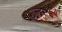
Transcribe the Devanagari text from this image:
लुईे